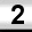
Digit: 2